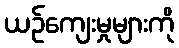
ယဉ်ကျေးမှုများကို